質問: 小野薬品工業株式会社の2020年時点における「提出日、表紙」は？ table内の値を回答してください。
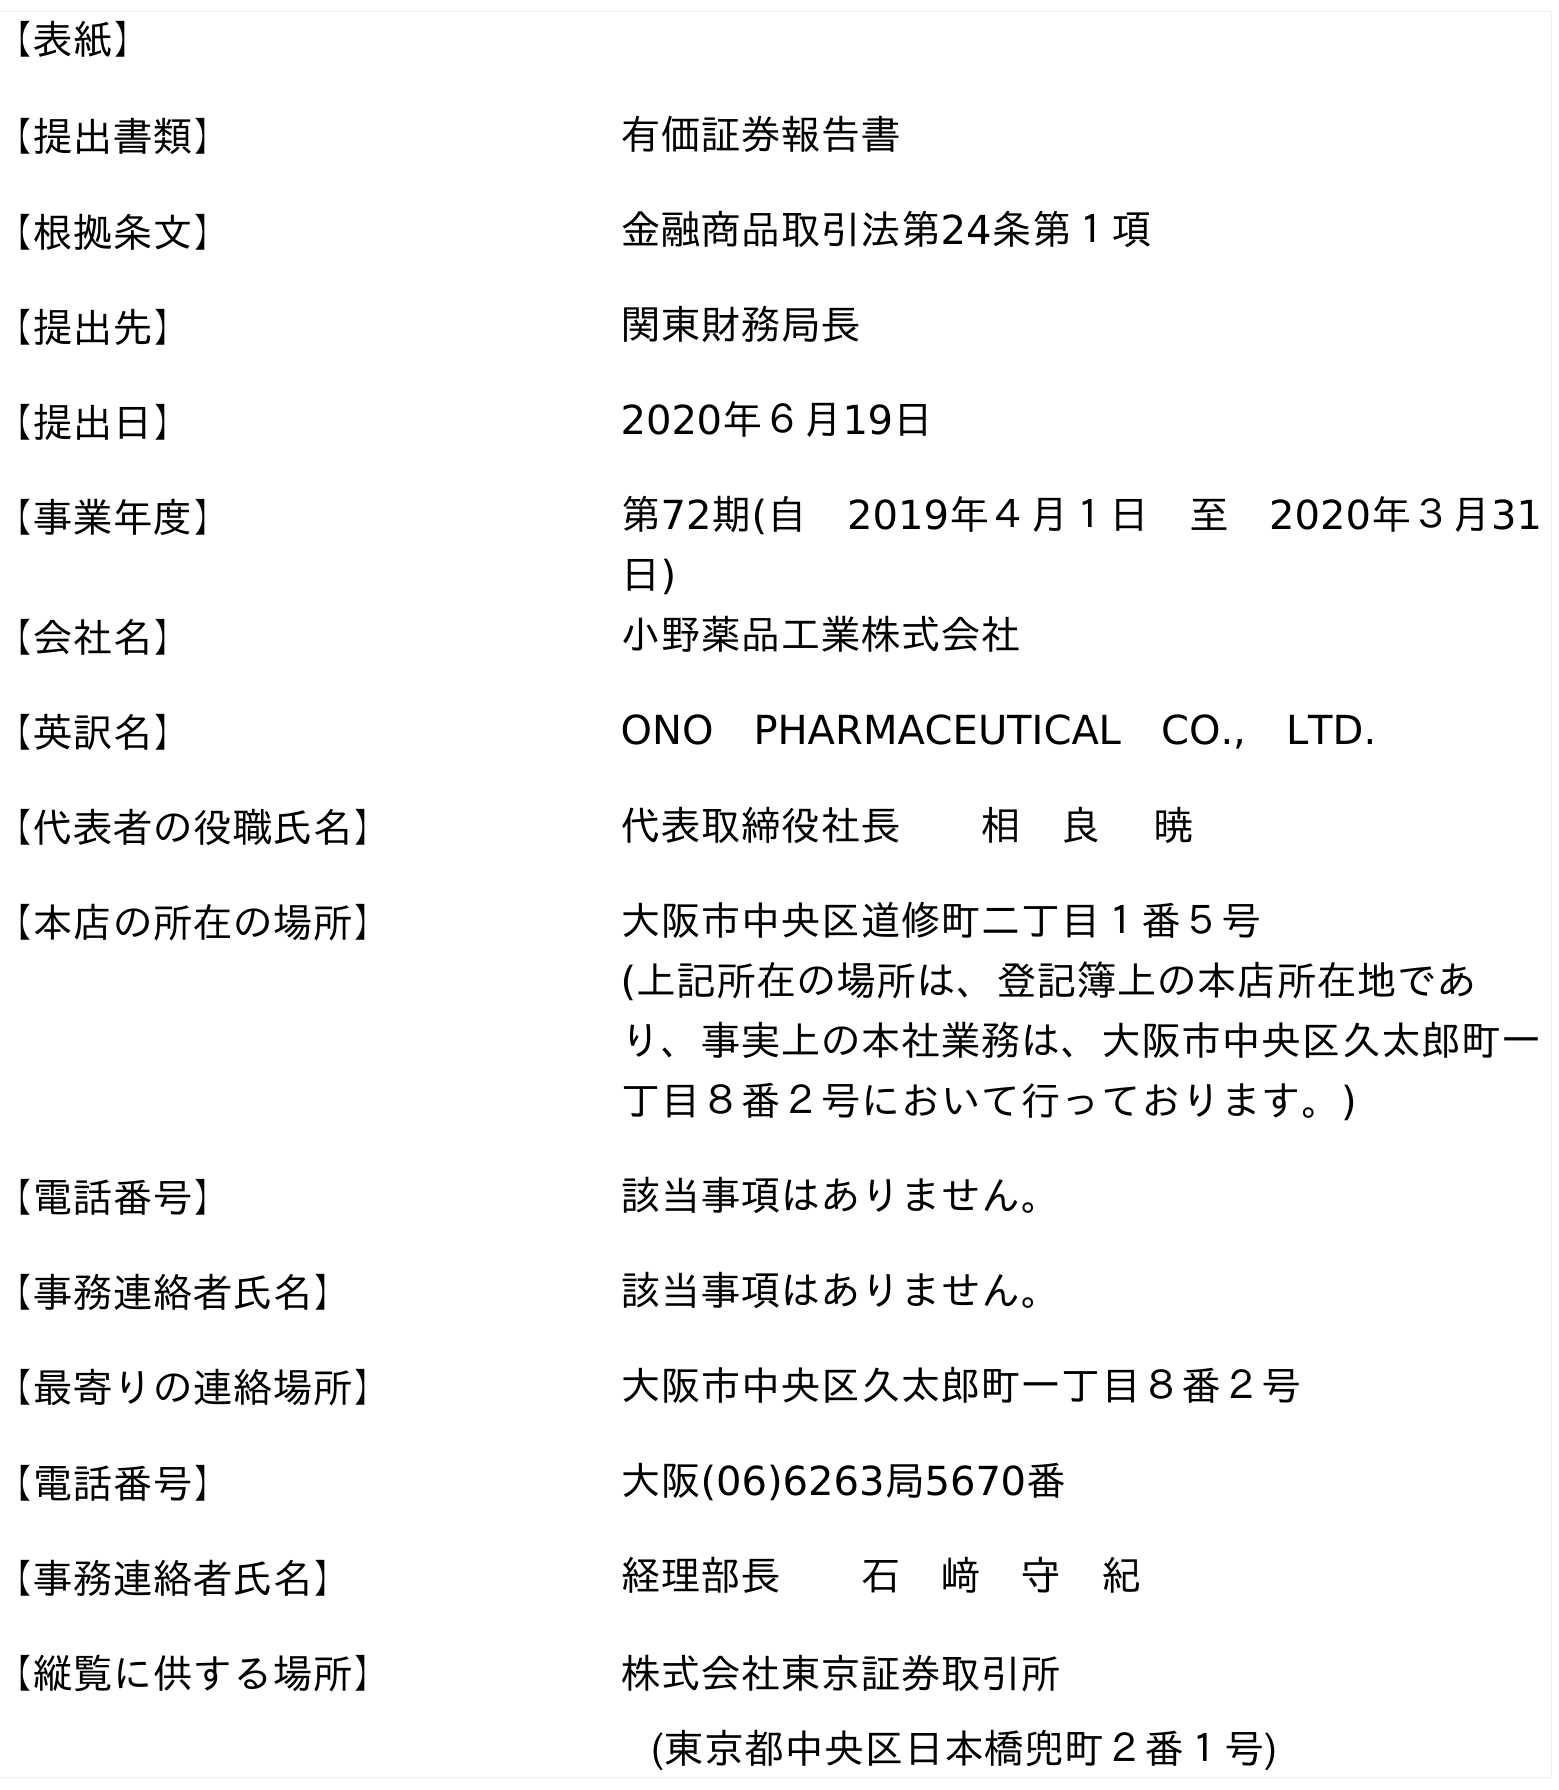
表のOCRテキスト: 【表紙】 【提出書類】 有価証券報告書 【根拠条文】 金融商品取引法第24条第１項 【提出先】 関東財務局長 【提出日】 2020年６月19日 【事業年度】 第72期(自 2019年４月１日 至 2020年３月31 日) 【会社名】 小野薬品工業株式会社 【英訳名】 ONO PHARMACEUTICAL CO., LTD. 【代表者の役職氏名】 代表取締役社長  相 良  暁 【本店の所在の場所】 大阪市中央区道修町二丁目１番５号 (上記所在の場所は、登記簿上の本店所在地であ り、事実上の本社業務は、大阪市中央区久太郎町一 丁目８番２号において行っております。) 【電話番号】 該当事項はありません。 【事務連絡者氏名】 該当事項はありません。 【最寄りの連絡場所】 大阪市中央区久太郎町一丁目８番２号 【電話番号】 大阪(06)6263局5670番 【事務連絡者氏名】 経理部長  石 﨑 守 紀 【縦覧に供する場所】 株式会社東京証券取引所 (東京都中央区日本橋兜町２番１号)
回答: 2020年６月19日